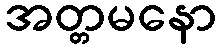
အတ္တမနော